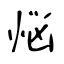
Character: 悩